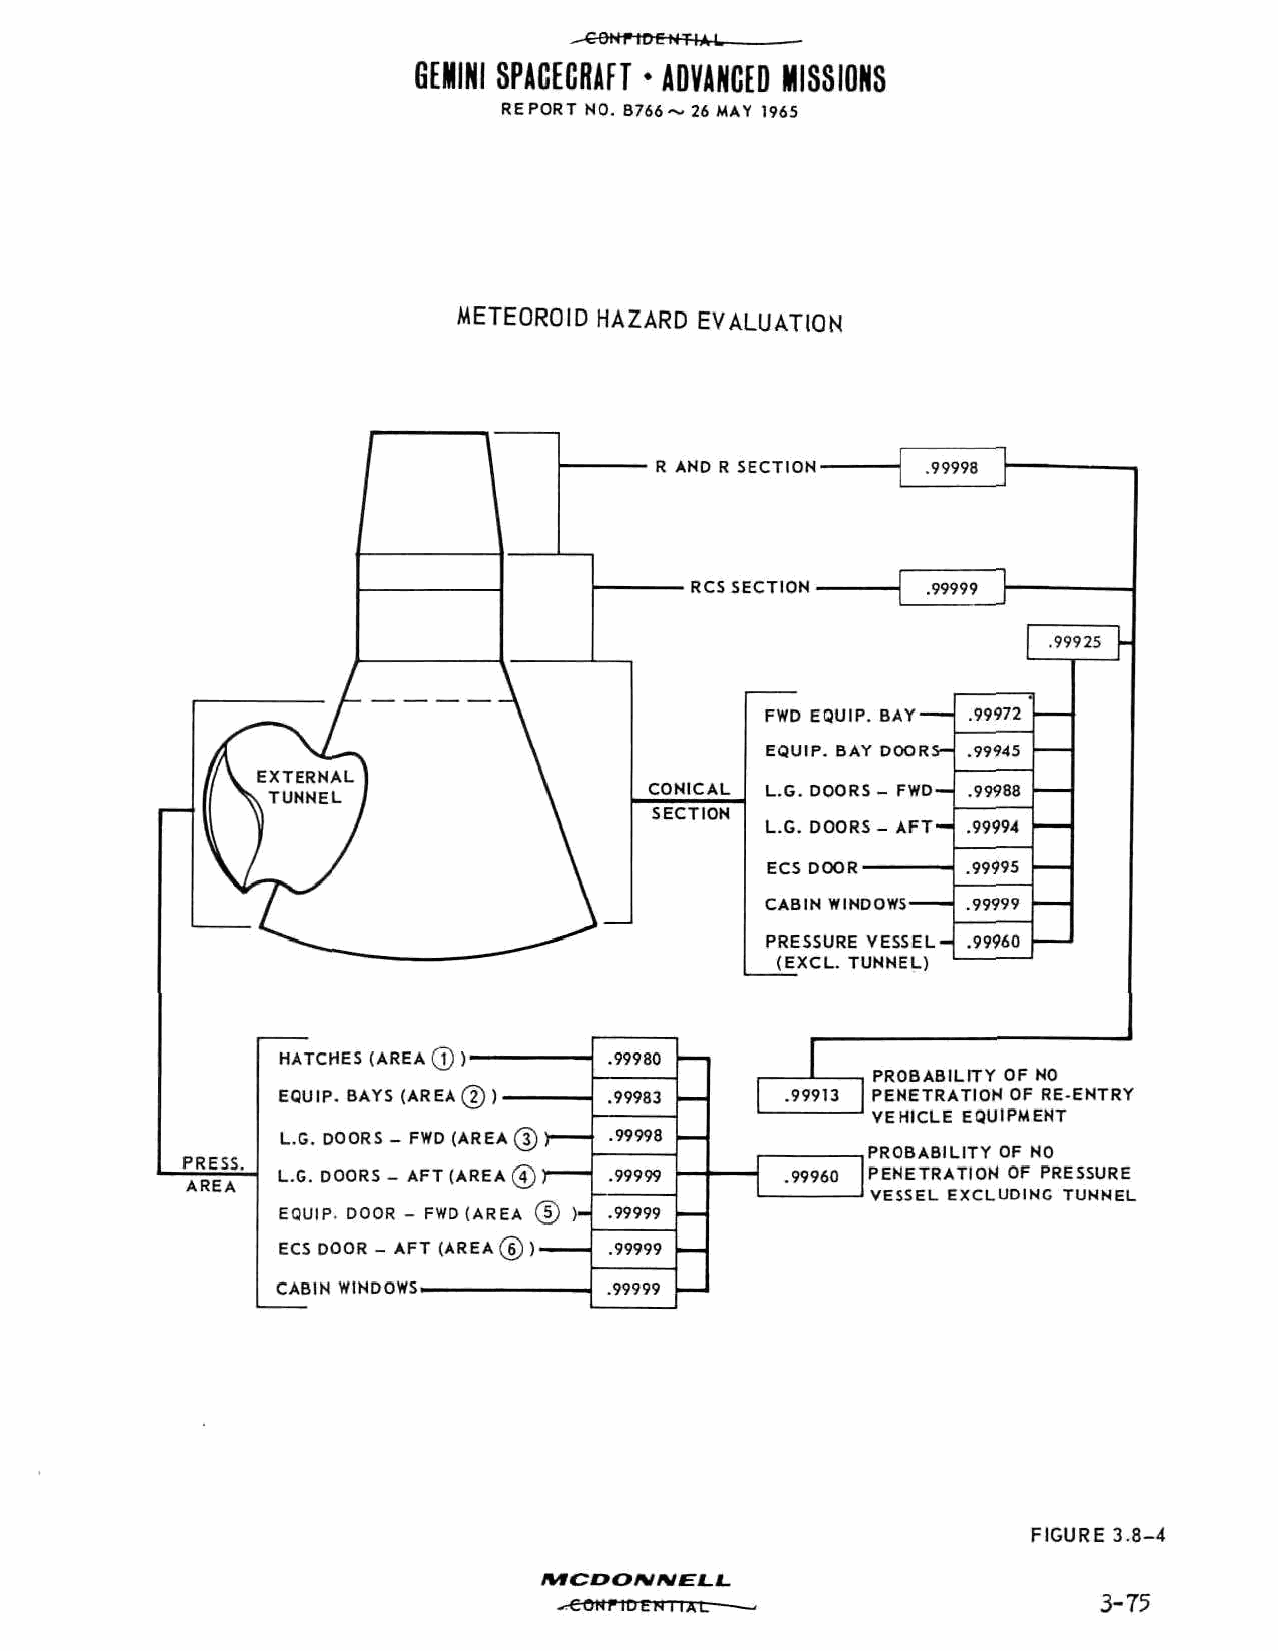
—eew-r&etWA-t-
 GEMINI SPACECRAFT * ADVANCED MISSIONS
 REPORT NO. B766~ 26 MAY 1965
 METEOROID HAZARD EVALUATION
 R AND R SECTION-  .99998
 RCS SECTION    .99999
 .99925
 FWD EQUIP. BAY- .99972
 EQUIP. BAY DOORS-j .99945
 L.G. DOORS - FWD — .99988
 L.G. DOORS- AFT- .99994
 ECS DOOR     .99995
 CABIN WINDOWS — .99999
 PRESSURE VESSEL-j .99960
 (EXCL. TUNNEL)
 HATCHES (AREA©)       .99980
 PROBABILITY OF NO
 EQUIP. BAYS (AREA (2)). .99983    .99913 PENETRATION OF RE-ENTRY
 VEHICLE EQUIPMENT
 L.G. DOORS - FWD (AREA (J) )— .99998
 PROBABILITY OF NO
 .PRESS.
 L.G. DOORS - AFT (AREA 0 )— .99999 .99960 PENETRATION OF PRESSURE
 AREA
 VESSEL EXCLUDING TUNNEL
 EQUIP. DOOR - FWD (AREA (5) )-j .99999
 ECS DOOR - AFT (AREA (?)) .99999
 CABIN WINDOWS.        .99999
 FIGURE 3.8-4
 W C D O \ / V E LL